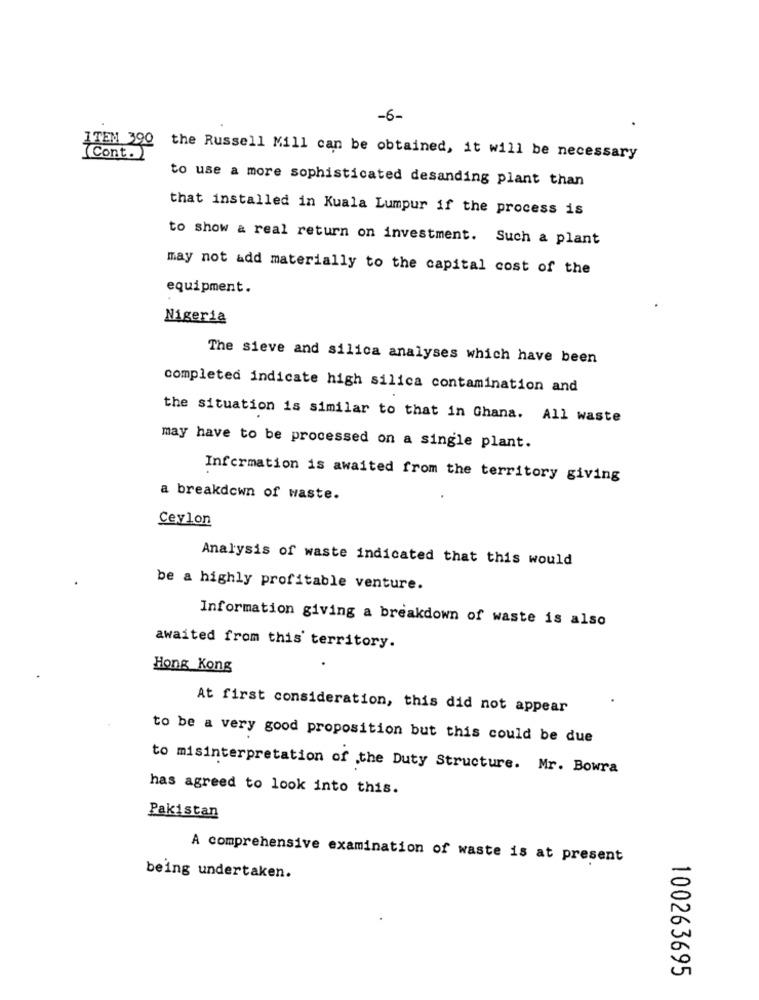
-6-
ITEM 390
Cont.
the Russell Mill can be obtained, it will be necessary
to use a more sophisticated desanding plant than
that installed in Kuala Lumpur if the process is
to show a real return on investment. Such a plant
may not add materially to the capital cost of the
equipment.
Nigeria
The sieve and silica analyses which have been
completed indicate high silica contamination and
the situation is similar to that in Ghana. All waste
may have to be processed on a single plant.
Information is awaited from the territory giving
a breakdown of waste.
Ceylon
Analysis of waste indicated that this would
be a highly profitable venture.
Information giving a breakdown of waste is also
awaited from this territory.
Hong Kong
At first consideration, this did not appear
to be a very good proposition but this could be due
to misinterpretation of the Duty Structure. Mr. Bowra
has agreed to look into this.
Pakistan
A comprehensive examination of waste is at present
being undertaken.
100263695